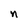
Character: n